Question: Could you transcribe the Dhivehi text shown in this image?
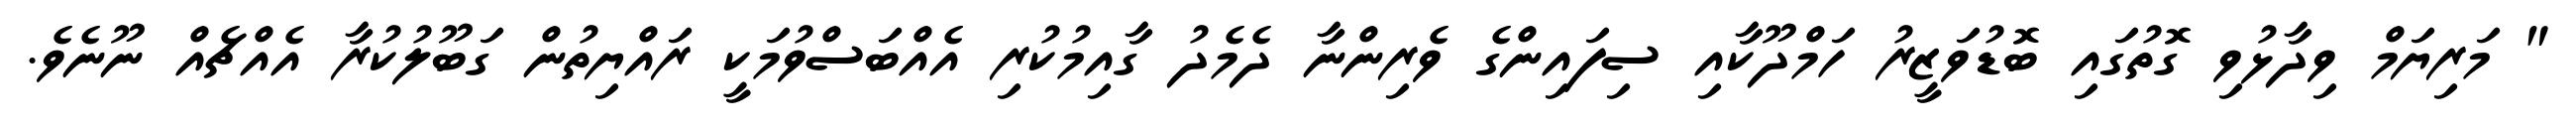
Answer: " މަރިޔަމް ވިދާޅުވި ގޮތުގައި ބޮޑުވަޒީރު ހަމްދޫކާއި ސިފައިންގެ ވެރިންނާ ދެމެދު ގާއިމުކުރި އެއްބަސްވުމަކީ ރައްޔިތުން ގަބޫލުކުރާ އެއްޗެއް ނޫނެވެ.